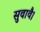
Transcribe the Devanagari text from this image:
सुवावै।